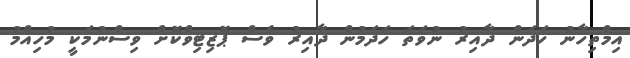
އިމްތިހާނު ހަދަން ދާއިރު ނުވަތަ ހަދަމުން ދާއިރު ވެސް ޕޮޒިޓިވްކޮށް ވިސްނުމަކީ މުހިއްމު